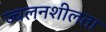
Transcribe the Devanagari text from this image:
ज्‍वलनशीलता